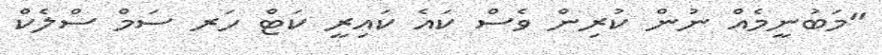
"މަބުނީމެއް ނުން ކުރިން ވެސް ކައެ ކައިރީ ކަޓް ހަރ ސަމް ސްލެކް